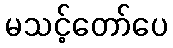
မသင့်တော်ပေ